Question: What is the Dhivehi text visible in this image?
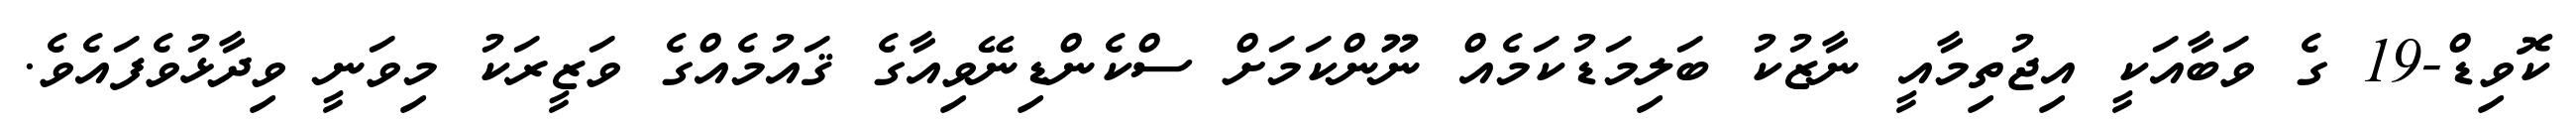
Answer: ކޮވިޑް-19 ގެ ވަބާއަކީ އިޖުތިމާއީ ނާޒުކު ބަލިމަޑުކަމެއް ނޫންކަމަށް ސްކެންޑިނޭވިއާގެ ޤައުމެއްގެ ވަޒީރަކު މިވަނީ ވިދާޅުވެފައެވެ.